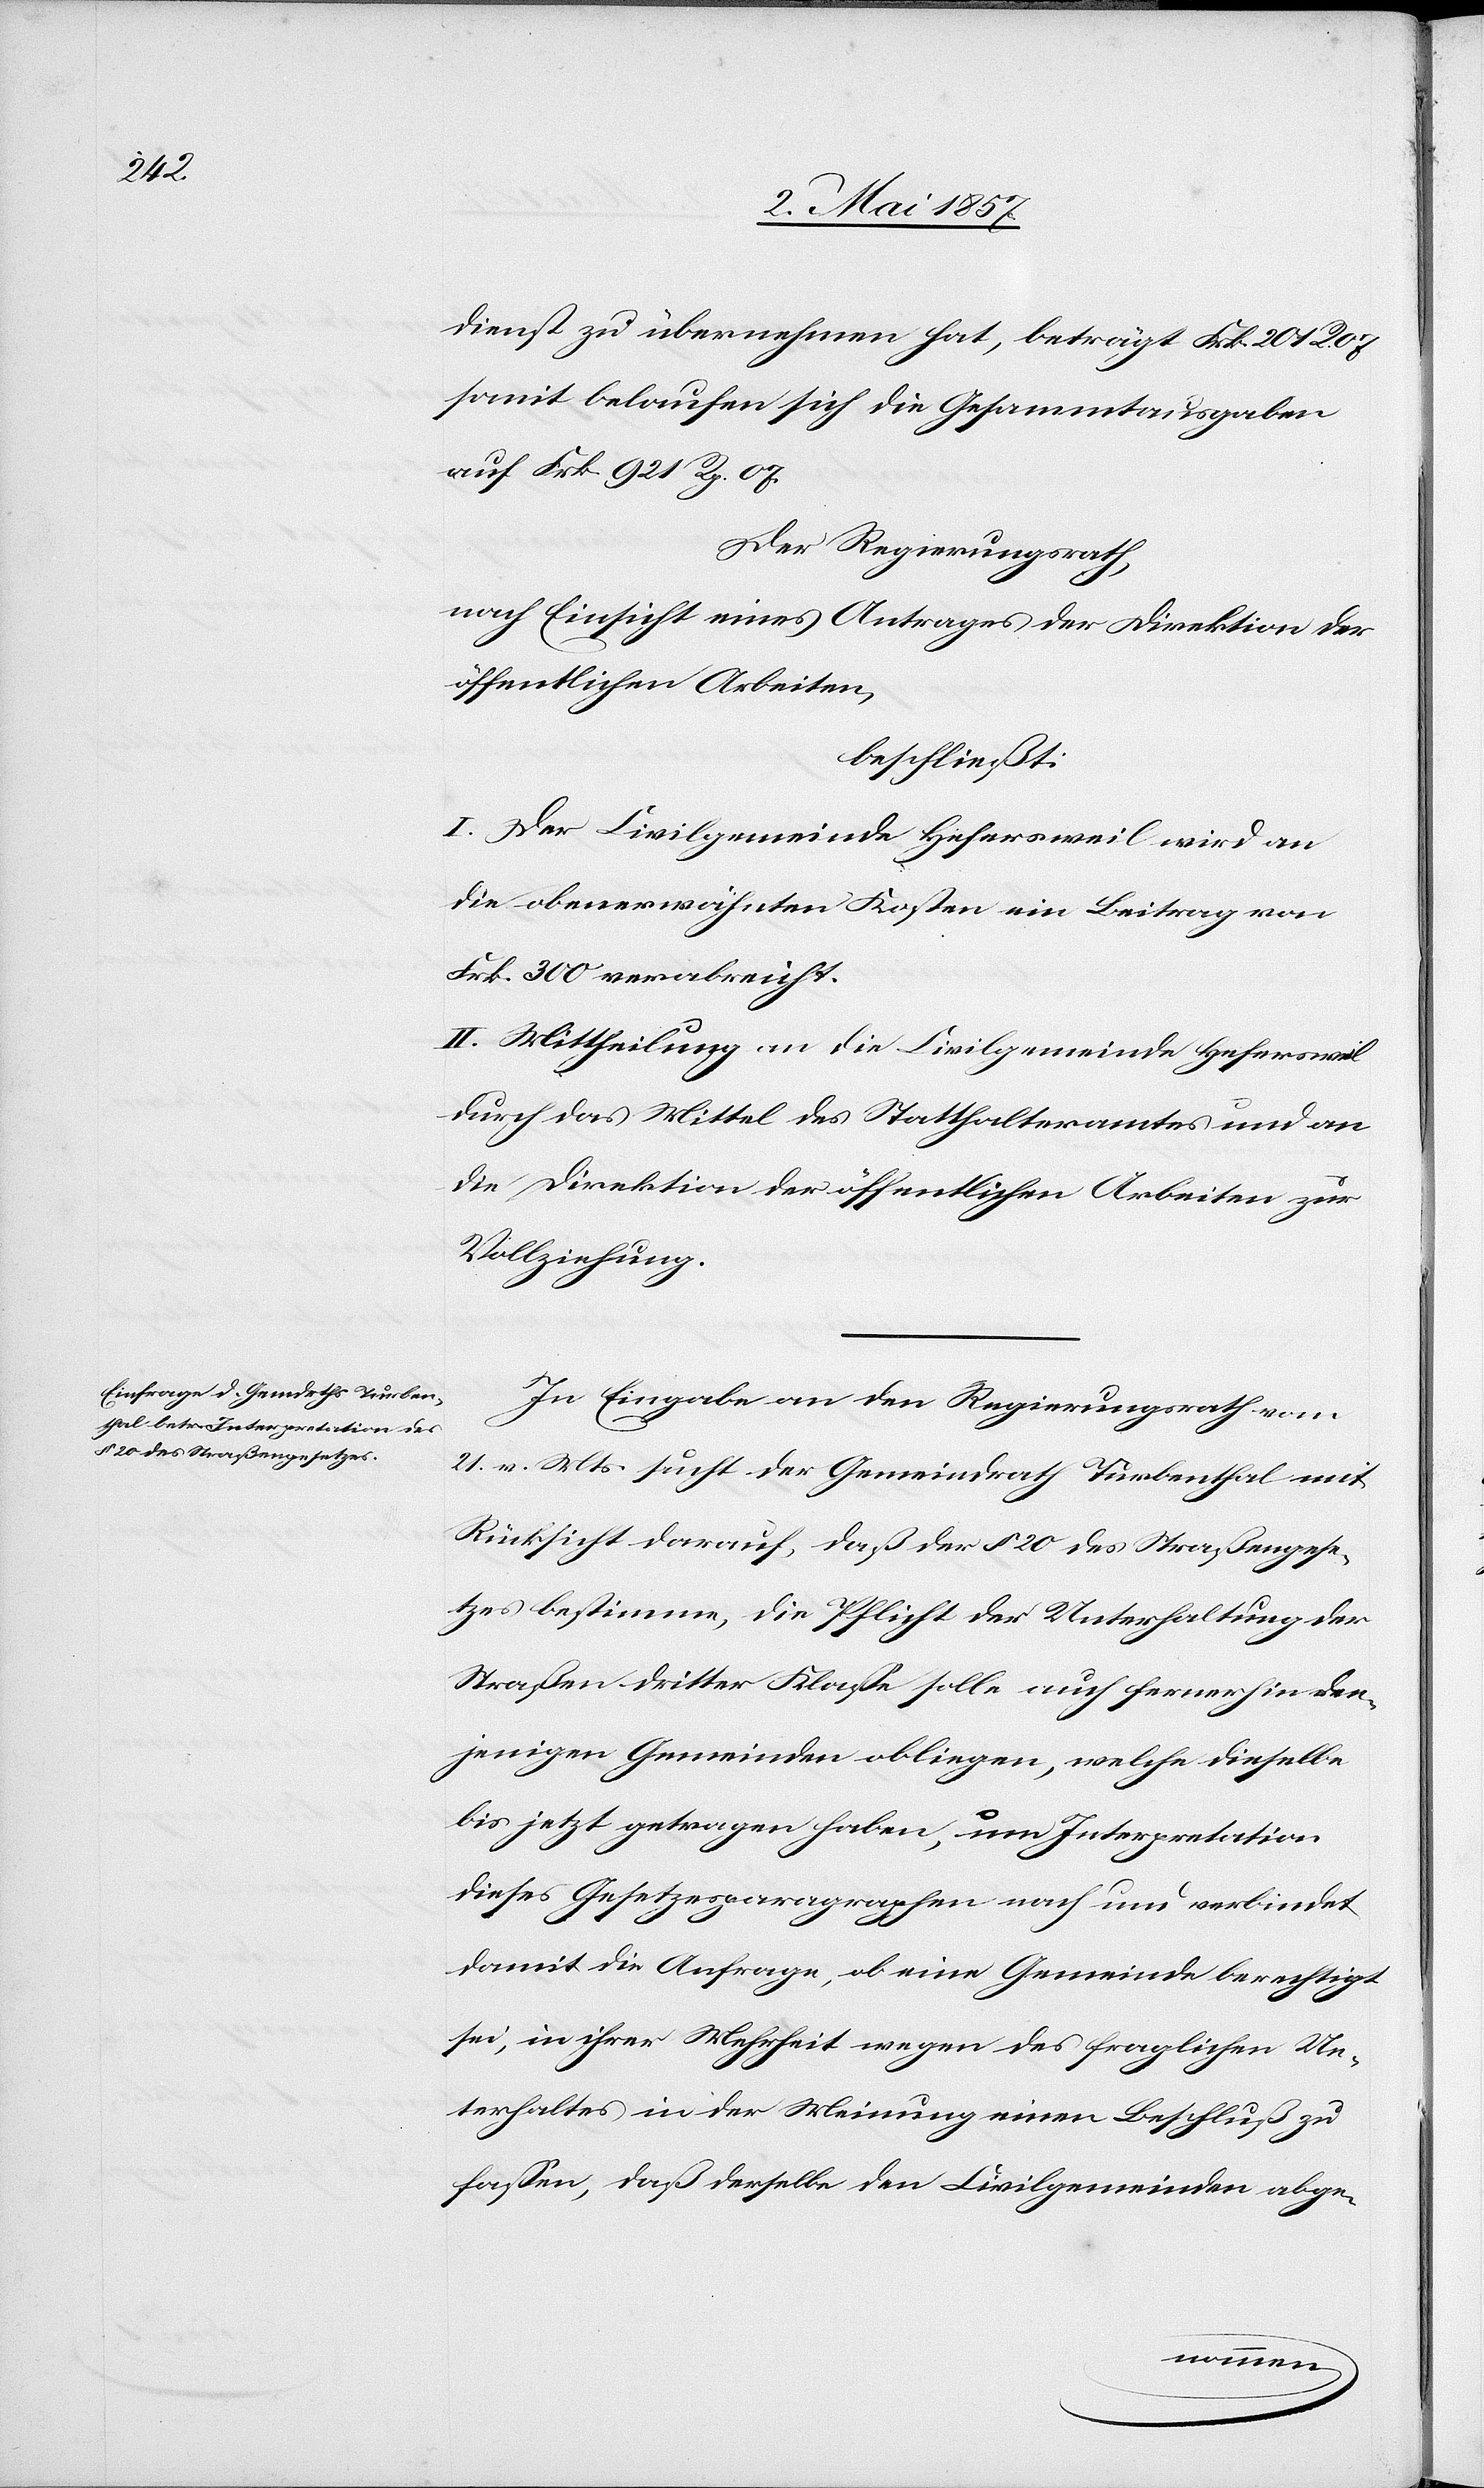
dienst zu übernehmen hat, beträgt Frk. 201 R.
somit belaufen sich die Gesammtausgaben
auf Frk 921 R. 07.
Der Regierungsrath,
nach Einsicht eines Antrages der Direktion der
öffentlichen Arbeiten,
beschließt:
I. Der Civilgemeinde Hefersweil wird an
die obenerwähnten Kosten ein Beitrag von
Frk. 300 verabreicht.
II. Mittheilung an die Civilgemeinde Hefersweil
durch das Mittel des Statthalteramtes und an
die Direktion der öffentlichen Arbeiten zur
Vollziehung.
In Eingabe an den Regierungsrath vom
21 v. Mts. sucht der Gemeindrath Turbenthal mit
Rücksicht darauf, daß der § 20 des Straßengese¬
tzes bestimme, die Pflicht der Unterhaltung der
Straßen dritter Klasse solle auch fernerhin den¬
jenigen Gemeinden obliegen, welche dieselbe
bis jetzt getragen haben, um Interpretation
dieses Gesetzesparagraphen nach und verbindet
damit die Anfrage, ob eine Gemeinde berechtigt
sei, in ihrer Mehrheit wegen des gesetzlichen Un¬
terhaltes in der Meinung einen Beschluß zu
fassen, daß derselbe den Civilgemeinden abge-